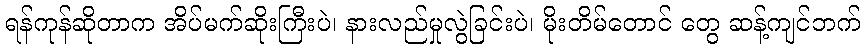
ရန်ကုန်ဆိုတာက အိပ်မက်ဆိုးကြီးပဲ၊ နားလည်မှုလွဲခြင်းပဲ၊ မိုးတိမ်တောင် တွေ ဆန့်ကျင်ဘက်